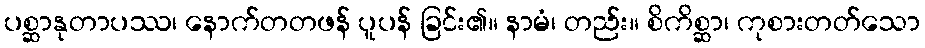
ပစ္ဆာနုတာပဿ၊ နောက်တတဖန် ပူပန် ခြင်း၏။ နာမံ၊ တည်း။ စိကိစ္ဆာ၊ ကုစားတတ်သော